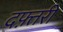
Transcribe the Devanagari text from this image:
दफ़्तरी